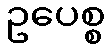
ဥပေစ္စ